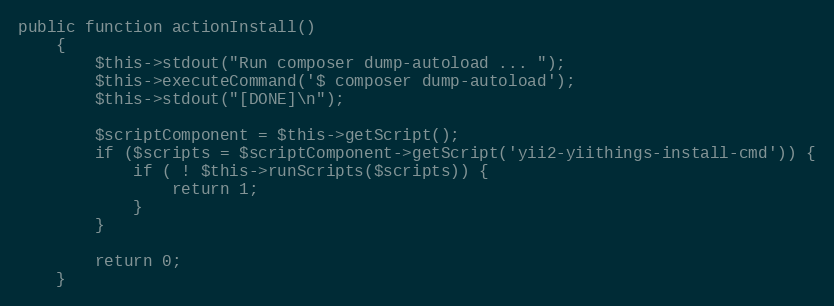
Language: PHP
public function actionInstall()
    {
        $this->stdout("Run composer dump-autoload ... ");
        $this->executeCommand('$ composer dump-autoload');
        $this->stdout("[DONE]\n");

        $scriptComponent = $this->getScript();
        if ($scripts = $scriptComponent->getScript('yii2-yiithings-install-cmd')) {
            if ( ! $this->runScripts($scripts)) {
                return 1;
            }
        }

        return 0;
    }